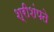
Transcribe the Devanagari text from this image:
श्रीशंपते